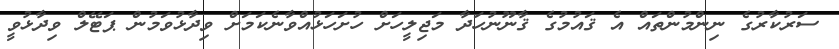
ސަރުކާރުގެ ނިންމުންތައް އެ ޤައުމުގެ ޤާނޫނުހަދާ މަޖިލީހަށް ހުށަހަޅުއްވާނެކަމަށް ވިދާޅުވަމުން ޕަޓޭލް ވިދާޅުވީ